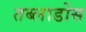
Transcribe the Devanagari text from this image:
तब्लाडोस